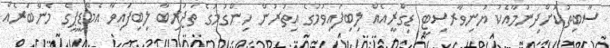
ސާބިތުކޮށްދިނުމާއެކު ޔުނިވާރސިޓީ ޑިގްރީއެއް ލިބިފައިވުމުގެ އިތުރުން ހިންގުމުގެ ތަޖުރިބާ ލިބިފައިވާ އެމްޑީޕީގެ މެންބަރެއް